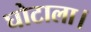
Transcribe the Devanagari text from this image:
घोटाला।